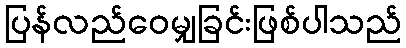
ပြန်လည်ဝေမျှခြင်းဖြစ်ပါသည်